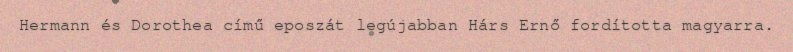
Hermann és Dorothea című eposzát legújabban Hárs Ernő fordította magyarra.